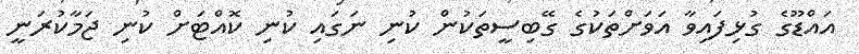
އައްޑޫގެ ގުޅިފައިވާ އަވަށްތަކުގެ ގޭބިސީތަކުން ކުނި ނަގައި ކުނި ކޮއްޓަށް ކުނި ޖަމާކުރަނީ